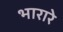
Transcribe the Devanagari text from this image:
भारारे